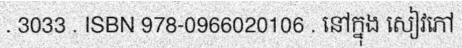
. 3033 . ISBN 978-0966020106 . នៅក្នុង សៀវភៅ